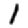
Digit: 1